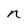
Character: n